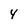
Character: 4